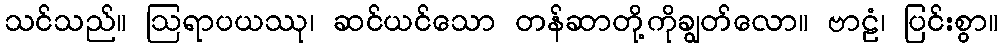
သင်သည်။ ဩရာပယဿု၊ ဆင်ယင်သော တန်ဆာတို့ကိုချွတ်လော။ ဗာဠံ၊ ပြင်းစွာ။